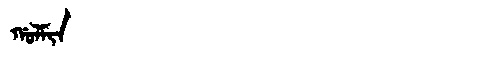
Manchu: ᡤᠣᠯᠮᡳᠨ
Romanization: GOLMIN